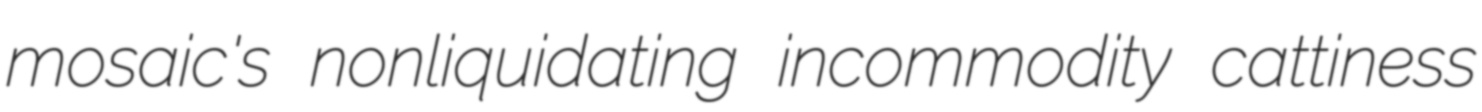
mosaic's nonliquidating incommodity cattiness